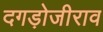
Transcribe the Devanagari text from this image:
दगड़ोजीराव